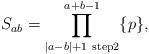
LaTeX: \begin{align*}S_{ab} = \prod_{|a-b|+1 ~ {\rm step} 2}^{a+b-1}\{p\},\end{align*}